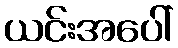
ယင်းအပေါ်